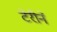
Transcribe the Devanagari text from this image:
टेरीने